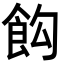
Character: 𩚘